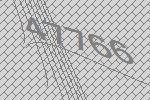
47766